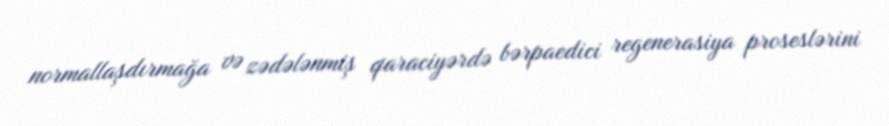
normallaşdırmağa və zədələnmiş qaraciyərdə bərpaedici regenerasiya proseslərini